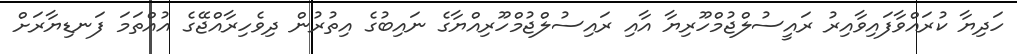
ހަދިޔާ ކުރައްވާފައިވާއިރު ރައީސުލްޖުމްހޫރިޔާ އާއި ރައިސުލްޖުމްހޫރިއްޔާގެ ނައިބުގެ އިތުރުން ދިވެހިރާއްޖޭގެ އުއްތަމަ ފަނޑިޔާރަށް